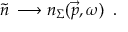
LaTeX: \tilde { n } \, \longrightarrow n _ { \Sigma } ( \vec { p } , \omega ) \, \, \, .